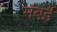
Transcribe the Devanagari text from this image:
मंबई